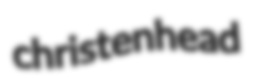
christenhead